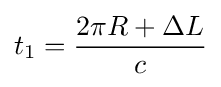
t_{1}={\frac {2\pi R+\Delta L}{c}}